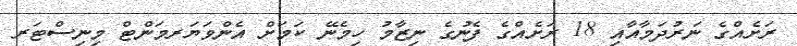
ރަށެއްގެ ނަރުދަމާއާއި 18 ރަށެއްގެ ފެނުގެ ނިޒާމު ހިމެނޭ ކަމަށް އެންވަޔަރމަންޓް މިނިސްޓަރ